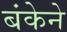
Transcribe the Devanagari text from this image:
बंकेने